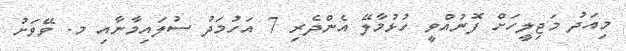
މިއަދު މަޖިލީހަށް ފޮނުއްވީ ހުޅުމާލޭ އެންދެރި 7 އަހުމަދު ސުލައިމާނާއި މ. ވޭވަށު